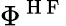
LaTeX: \Phi^{\mathrm{~H~F~}}